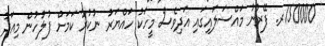
150000ރ. ފޭރުނު މައްސަލައިގައި އަދިވެސް މީހަކު ހައްޔަރު ނުކުރާ ކަމަށް ފުލުހުން މިއަދު